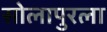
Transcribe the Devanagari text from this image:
सोलापुरला